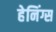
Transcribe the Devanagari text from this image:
हेनिंग्स